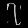
Digit: ၇